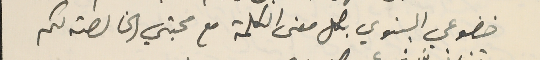
خضوعي البنوي بكل معنى الكلمة مع محبتي الخالصة لكم